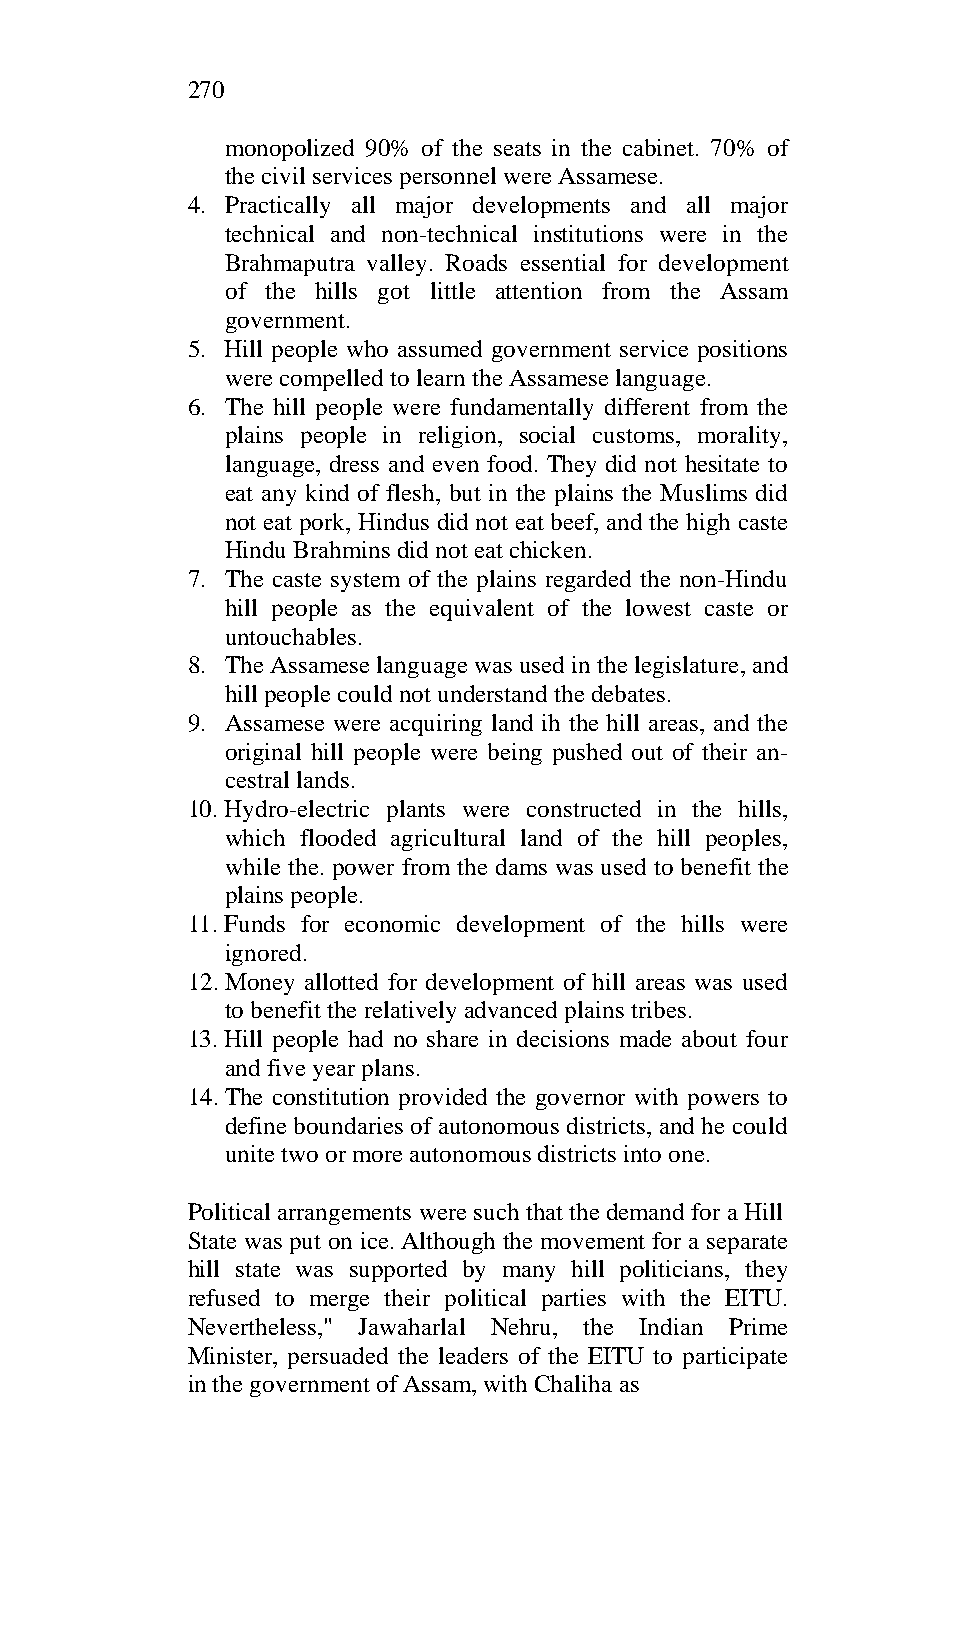
270
 monopolized 90% of the seats in the cabinet. 70% of
 the civil services personnel were Assamese.
 4. Practically all major developments and all major
 technical and non-technical institutions were in the
 Brahmaputra valley. Roads essential for development
 of the hills got little attention from the Assam
 government.
 5. Hill people who assumed government service positions
 were compelled to learn the Assamese language.
 6. The hill people were fundamentally different from the
 plains people in religion, social customs, morality,
 language, dress and even food. They did not hesitate to
 eat any kind of flesh, but in the plains the Muslims did
 not eat pork, Hindus did not eat beef, and the high caste
 Hindu Brahmins did not eat chicken.
 7. The caste system of the plains regarded the non-Hindu
 hill people as the equivalent of the lowest caste or
 untouchables.
 8. The Assamese language was used in the legislature, and
 hill people could not understand the debates.
 9. Assamese were acquiring land ih the hill areas, and the
 original hill people were being pushed out of their an-
 cestral lands.
 10. Hydro-electric plants were constructed in the hills,
 which flooded agricultural land of the hill peoples,
 while the. power from the dams was used to benefit the
 plains people.
 11. Funds for economic development of the hills were
 ignored.
 12. Money allotted for development of hill areas was used
 to benefit the relatively advanced plains tribes.
 13. Hill people had no share in decisions made about four
 and five year plans.
 14. The constitution provided the governor with powers to
 define boundaries of autonomous districts, and he could
 unite two or more autonomous districts into one.
 Political arrangements were such that the demand for a Hill
 State was put on ice. Although the movement for a separate
 hill state was supported by many hill politicians, they
 refused to merge their political parties with the EITU.
 Nevertheless," Jawaharlal Nehru, the Indian Prime
 Minister, persuaded the leaders of the EITU to participate
 in the government of Assam, with Chaliha as